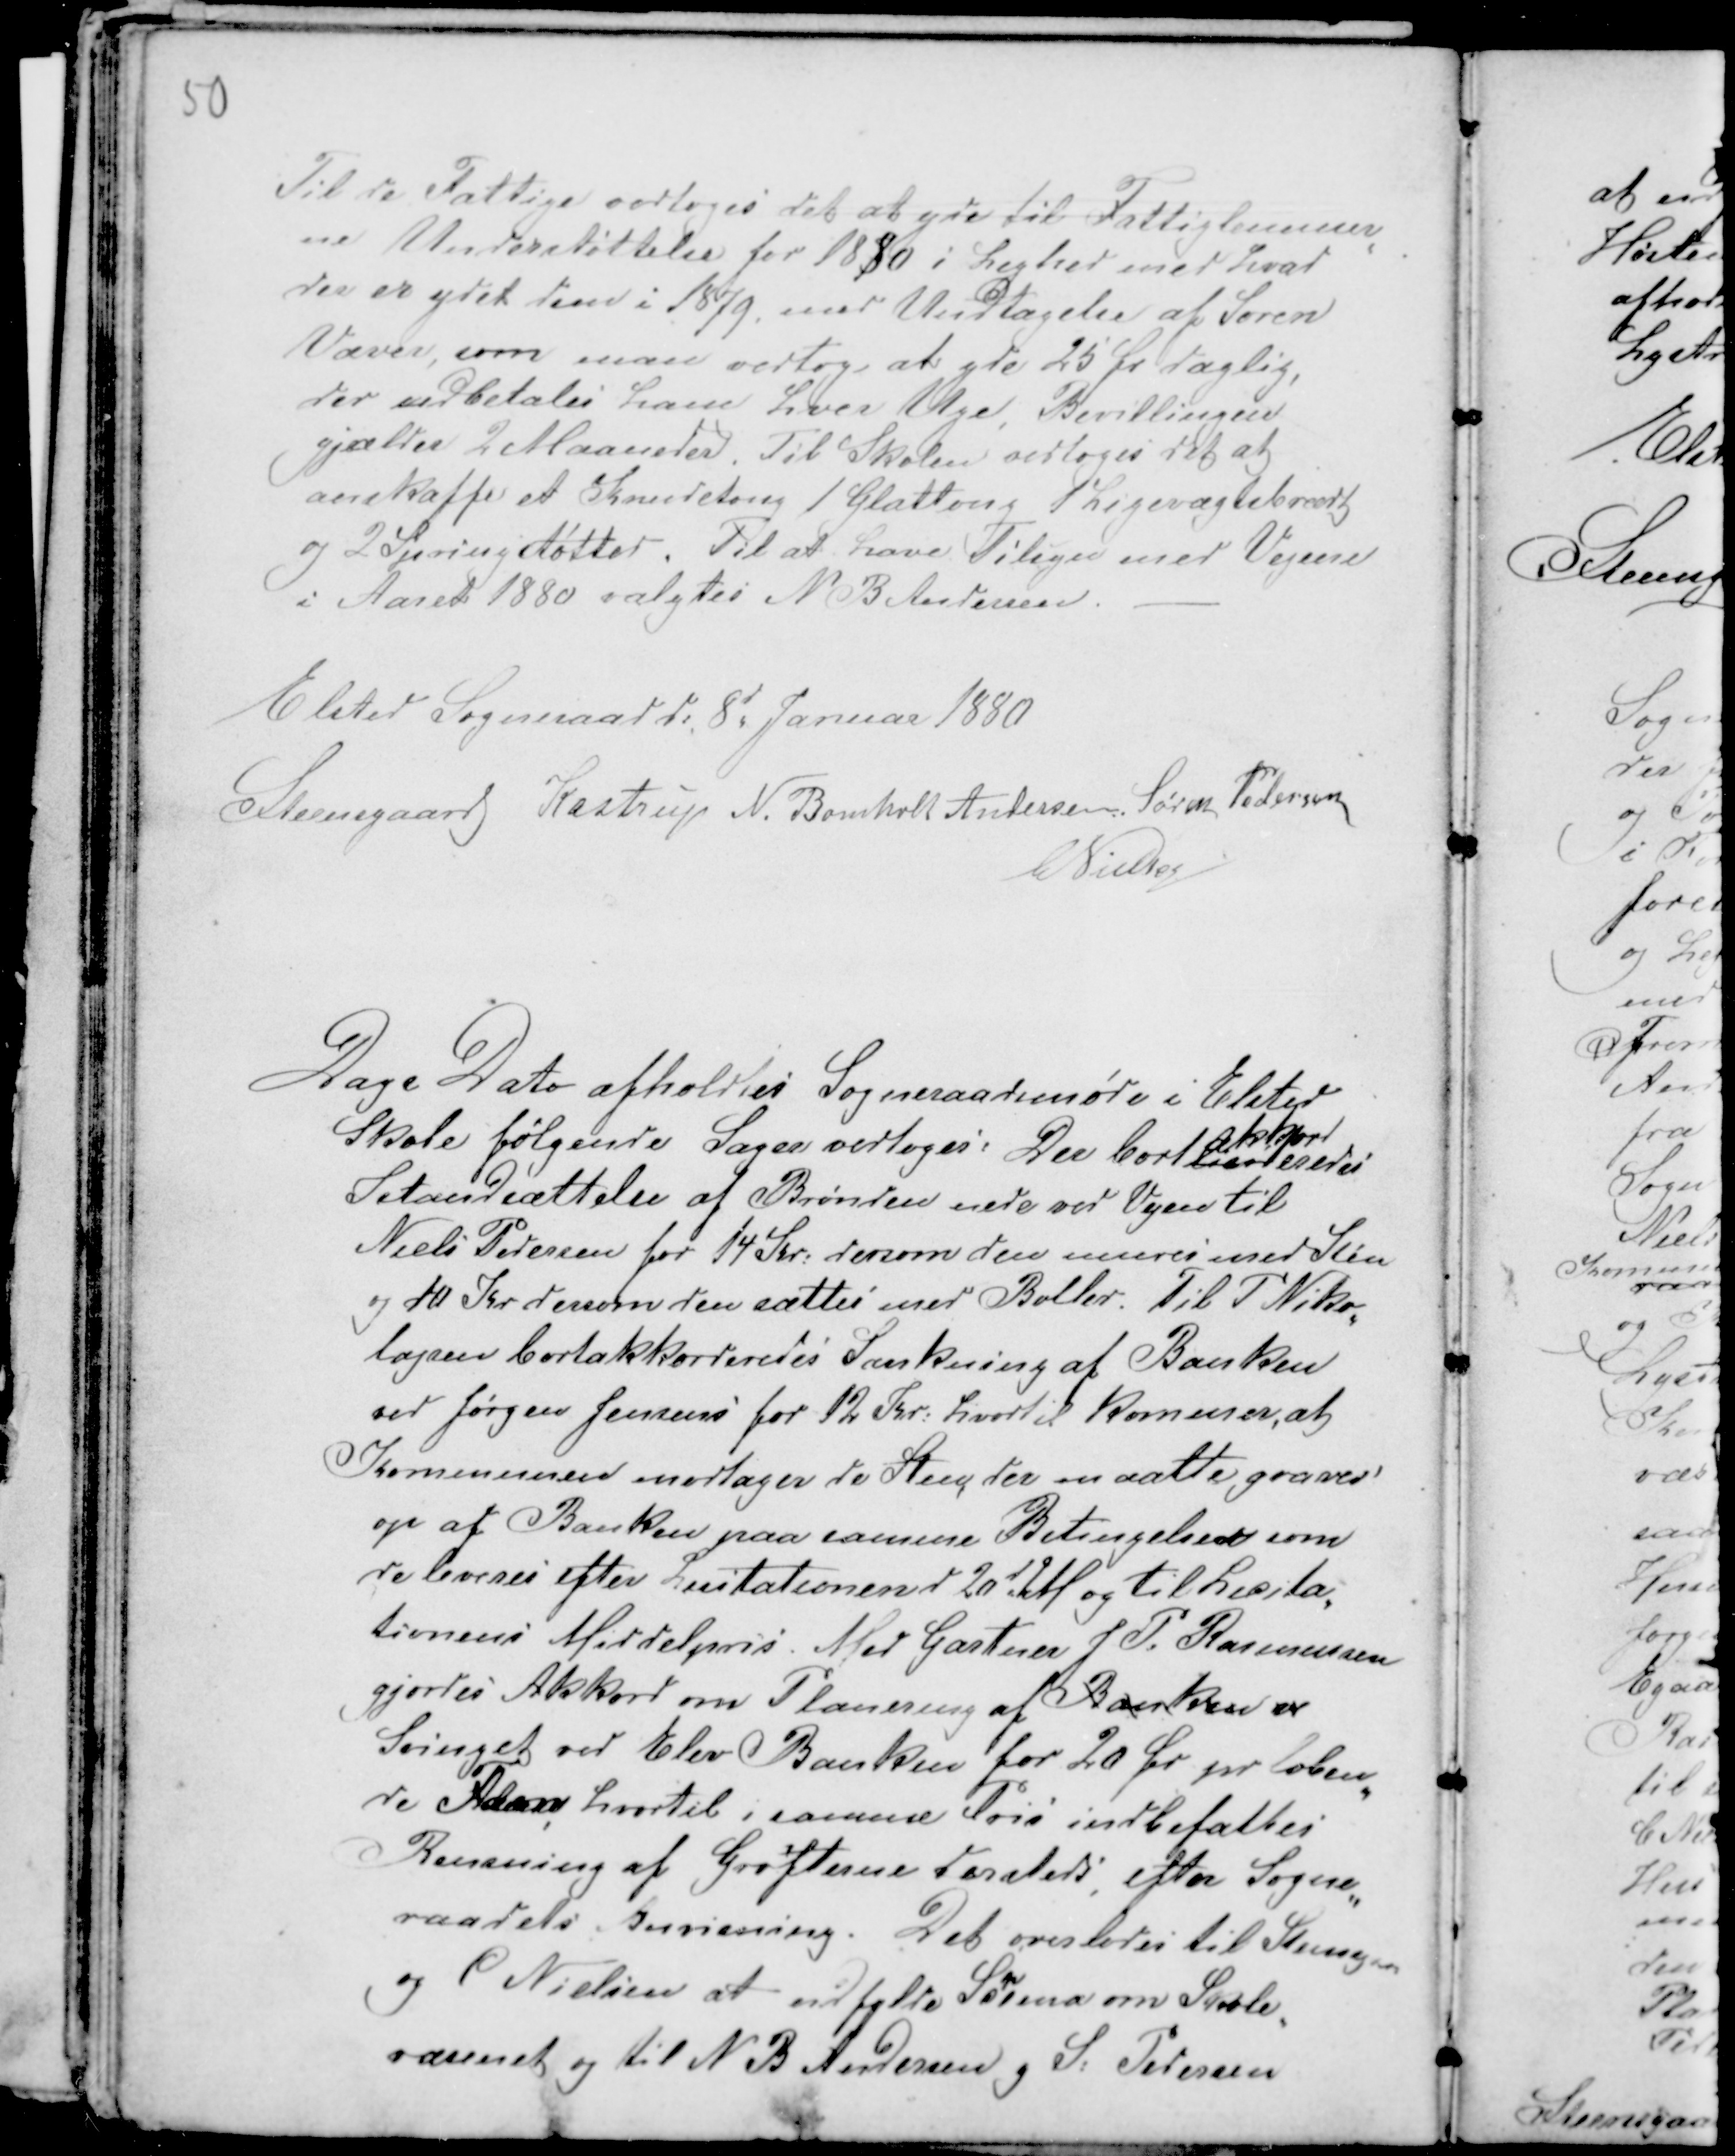
Transskription:
50

Til de Fattige vedtoges det at yde til Fattiglemmer
en Understøttelse for 1880 i Lighed med hvad
der er ydet dem i 1879, med Undtagelse af Søren
Væver, som man vedtog at yde 25 Ør daglig,
der udbetales ham hver Uge, Bevillingen
gælder 2 Maaneder. Til Skolen vedtoges det at
anskaffe et Knudetong / Glattong 1 Ligevægtsbrædt
og 2 Springstøtter. Til at have Tilsyn med Vejene
i Aaret 1880 valgtes N B Andersen. -
Elsted Sogneraad d: 8d Januar 1880
Steensgaard Kastrup N. Bomholt Andersen Søren Pedersen
CNielsen

Dags Dato afholdtes Sogneraadsmøde i Elsted
Skole følgende Sager vedtoges: Der bortlisi
akkord
eredes
Istandsættelse af Brønden nede ved Vejen til
Niels Pedersen for 14 Kr: dersom den mures med Sten
og 10 Kr dersom den sættes med Boller. Til P Niko-
lajsen bortakkorderedes Sænkning af Banken
ved Jørgen Jensens for 12 Kr: hvortil kommer, at
Kommunen modtager de Sten, der maatte graves
op af Banken paa samme Betingelser som
de leveres efter Lisitationen d 20d dM og til Licita-
tionens Middelpris. Med Gartner J P. Rasmussen
gjordes Akkord om Planering af Banken er
Svinget ved Elev Banken for 20 Ør pr løben-
de Alen hvortil i samme Pris indbefattes
Rensning af Grøfterne dersteds, efter Sogne-
raadets hervisning. Det overlodes til Steensgaa
og C Nielsen at udfylde Schema om Skole-
væsenet og til N B Andersen g S: Pedersen